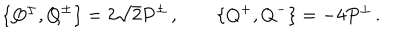
\{ Q ^ { \pm } , Q ^ { \pm } \} = 2 \sqrt 2 P ^ { \pm } \, , \qquad \{ Q ^ { + } , Q ^ { - } \} = - 4 P ^ { \perp } \, .